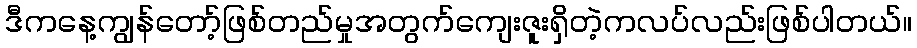
ဒီကနေ့ကျွန်တော့်ဖြစ်တည်မှုအတွက်ကျေးဇူးရှိတဲ့ကလပ်လည်းဖြစ်ပါတယ်။